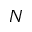
N